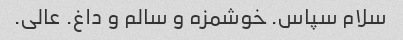
سلام سپاس. خوشمزه و سالم و داغ. عالی.